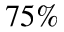
7 5 \%